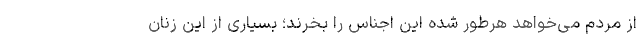
از مردم می‌خواهد هرطور شده این اجناس را بخرند؛ بسیاری از این زنان